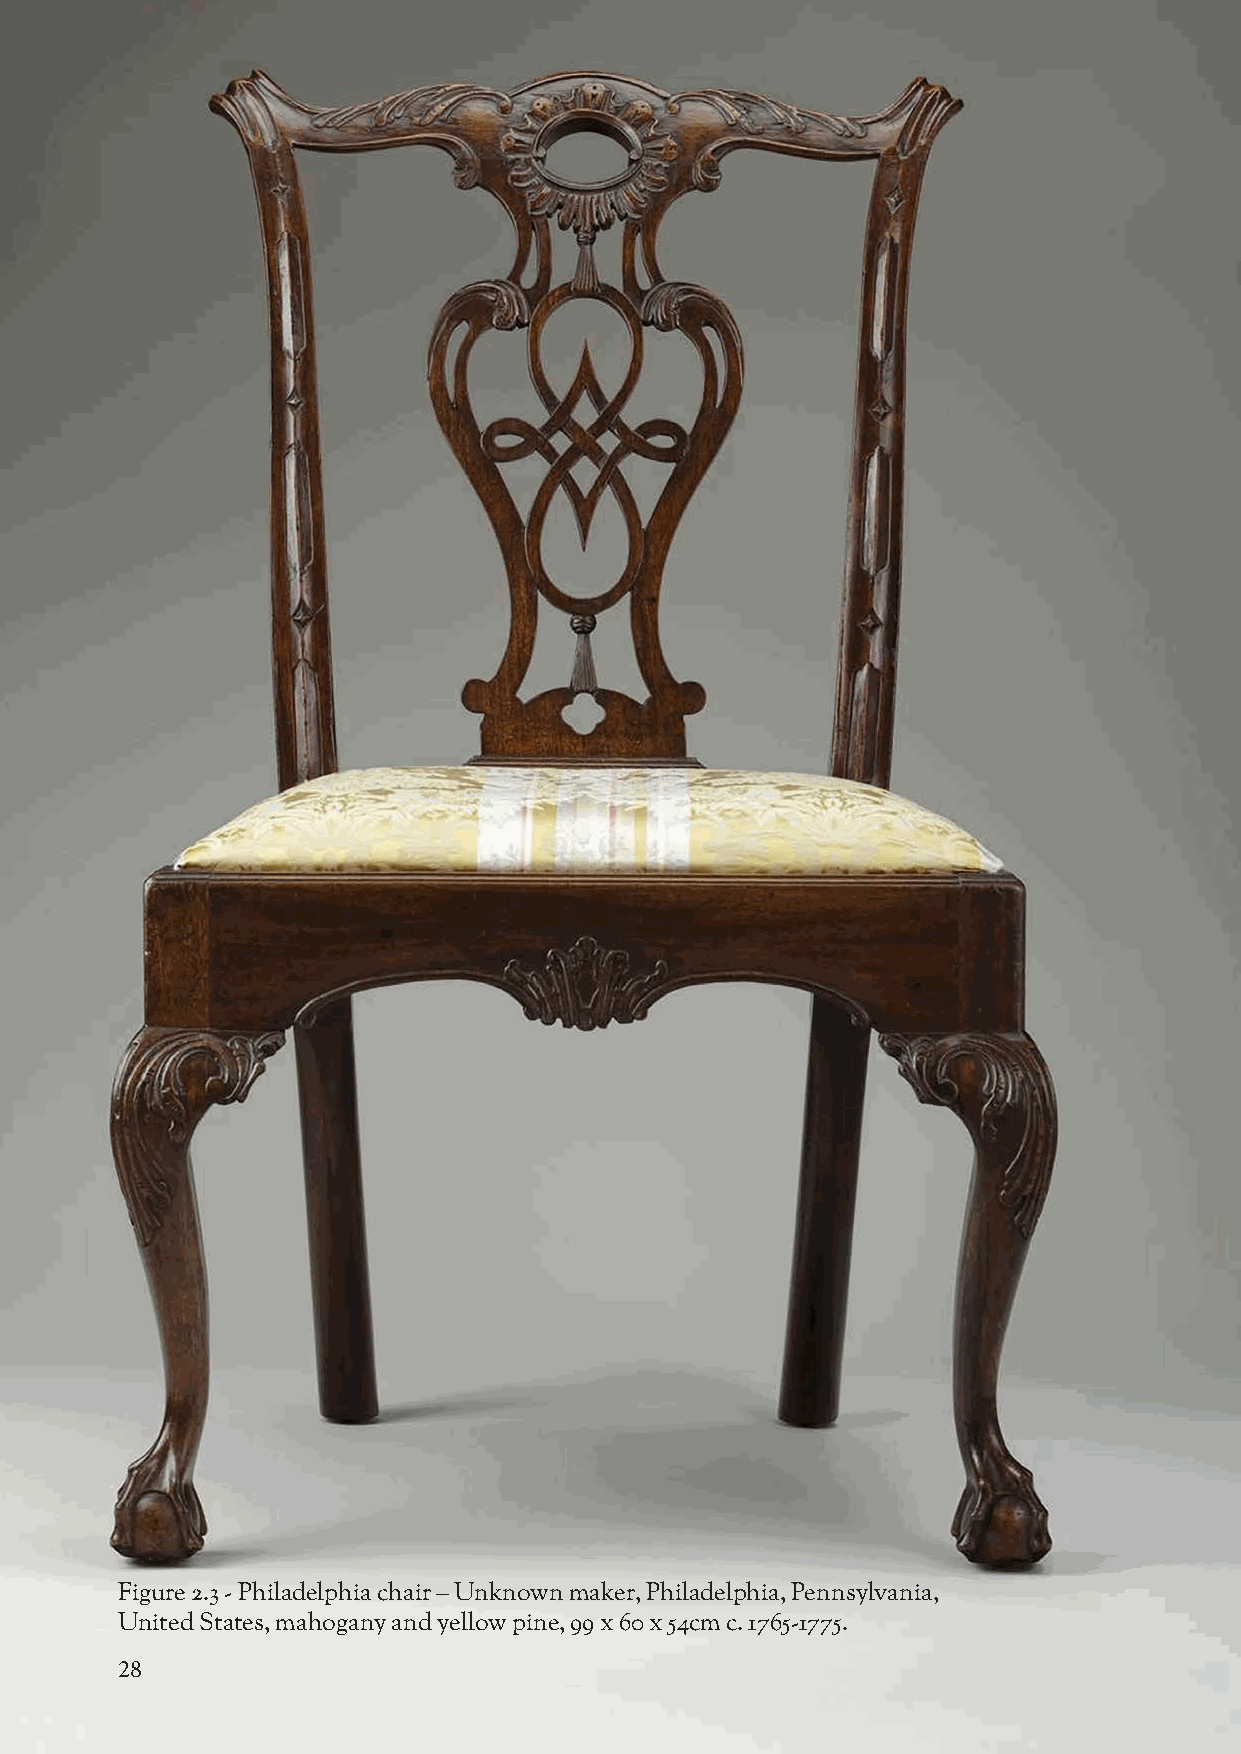
Figure 2.3 - Philadelphia chair – Unknown maker, Philadelphia, Pennsylvania,
 United States, mahogany and yellow pine, 99 x 60 x 54cm c. 1765-1775.
 28